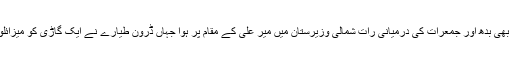
دوسرا ڈرون حملہ بھی بدھ اور جمعرات کی درمیانی رات شمالی وزیرستان میں میر علی کے مقام پر ہوا جہاں ڈرون طیارے نے ایک گاڑی کو میزائلوں سے نشانہ بنایا۔